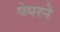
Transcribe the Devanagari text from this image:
पेपरने